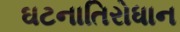
ઘટનાતિરોધાન